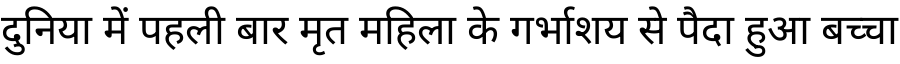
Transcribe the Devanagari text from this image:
दुनिया में पहली बार मृत महिला के गर्भाशय से पैदा हुआ बच्चा